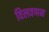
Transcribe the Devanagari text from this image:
विलवणन